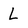
Character: L